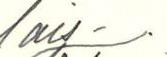
lais-/